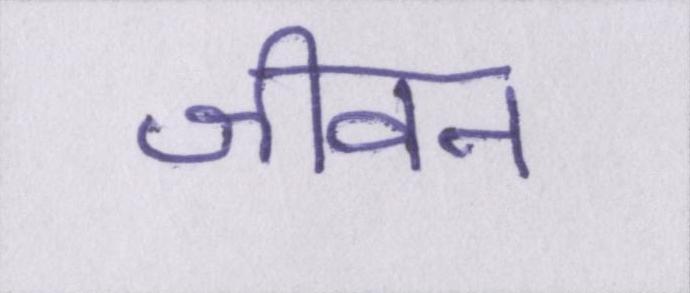
जीवन